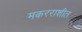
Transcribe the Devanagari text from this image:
मकरराशीत